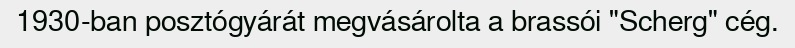
1930-ban posztógyárát megvásárolta a brassói "Scherg" cég.